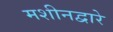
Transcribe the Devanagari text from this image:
मशीनद्वारे